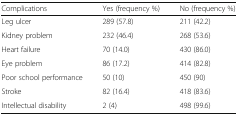
<table><thead><tr><td><b>Complications</b></td><td><b>Yes (frequency %)</b></td><td><b>No (frequency %)</b></td></tr></thead><tbody><tr><td>Leg ulcer</td><td>289 (57.8)</td><td>211 (42.2)</td></tr><tr><td>Kidney problem</td><td>232 (46.4)</td><td>268 (53.6)</td></tr><tr><td>Heart failure</td><td>70 (14.0)</td><td>430 (86.0)</td></tr><tr><td>Eye problem</td><td>86 (17.2)</td><td>414 (82.8)</td></tr><tr><td>Poor school performance</td><td>50 (10)</td><td>450 (90)</td></tr><tr><td>Stroke</td><td>82 (16.4)</td><td>418 (83.6)</td></tr><tr><td>Intellectual disability</td><td>2 (4)</td><td>498 (99.6)</td></tr></tbody></table>